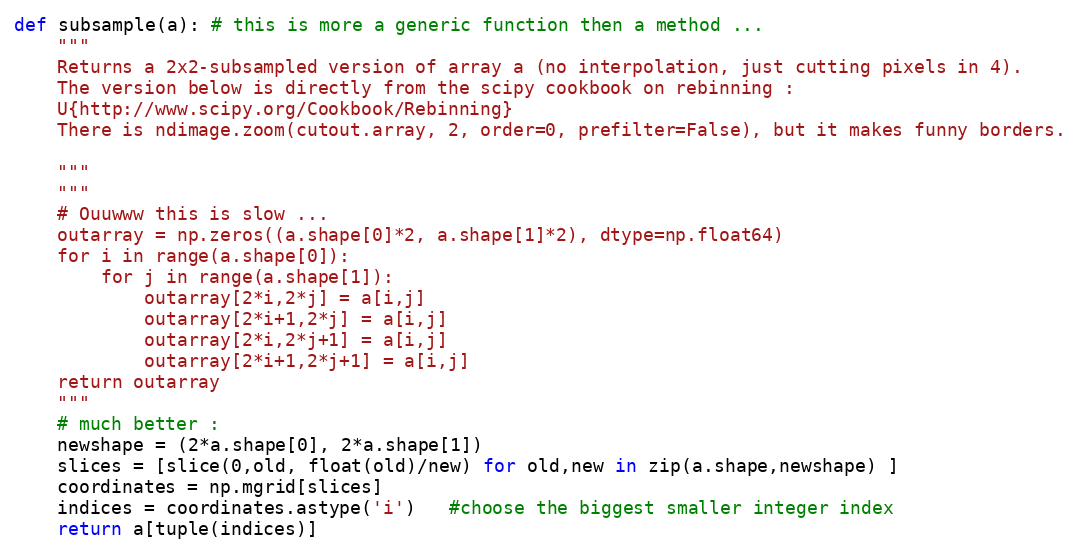
Language: Python
def subsample(a): # this is more a generic function then a method ...
    """
    Returns a 2x2-subsampled version of array a (no interpolation, just cutting pixels in 4).
    The version below is directly from the scipy cookbook on rebinning :
    U{http://www.scipy.org/Cookbook/Rebinning}
    There is ndimage.zoom(cutout.array, 2, order=0, prefilter=False), but it makes funny borders.

    """
    """
    # Ouuwww this is slow ...
    outarray = np.zeros((a.shape[0]*2, a.shape[1]*2), dtype=np.float64)
    for i in range(a.shape[0]):
        for j in range(a.shape[1]):
            outarray[2*i,2*j] = a[i,j]
            outarray[2*i+1,2*j] = a[i,j]
            outarray[2*i,2*j+1] = a[i,j]
            outarray[2*i+1,2*j+1] = a[i,j]
    return outarray
    """
    # much better :
    newshape = (2*a.shape[0], 2*a.shape[1])
    slices = [slice(0,old, float(old)/new) for old,new in zip(a.shape,newshape) ]
    coordinates = np.mgrid[slices]
    indices = coordinates.astype('i')   #choose the biggest smaller integer index
    return a[tuple(indices)]